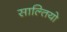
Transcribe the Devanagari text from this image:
साल्तियो